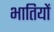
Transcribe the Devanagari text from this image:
भातियों